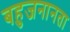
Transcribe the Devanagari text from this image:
बहुजनानता